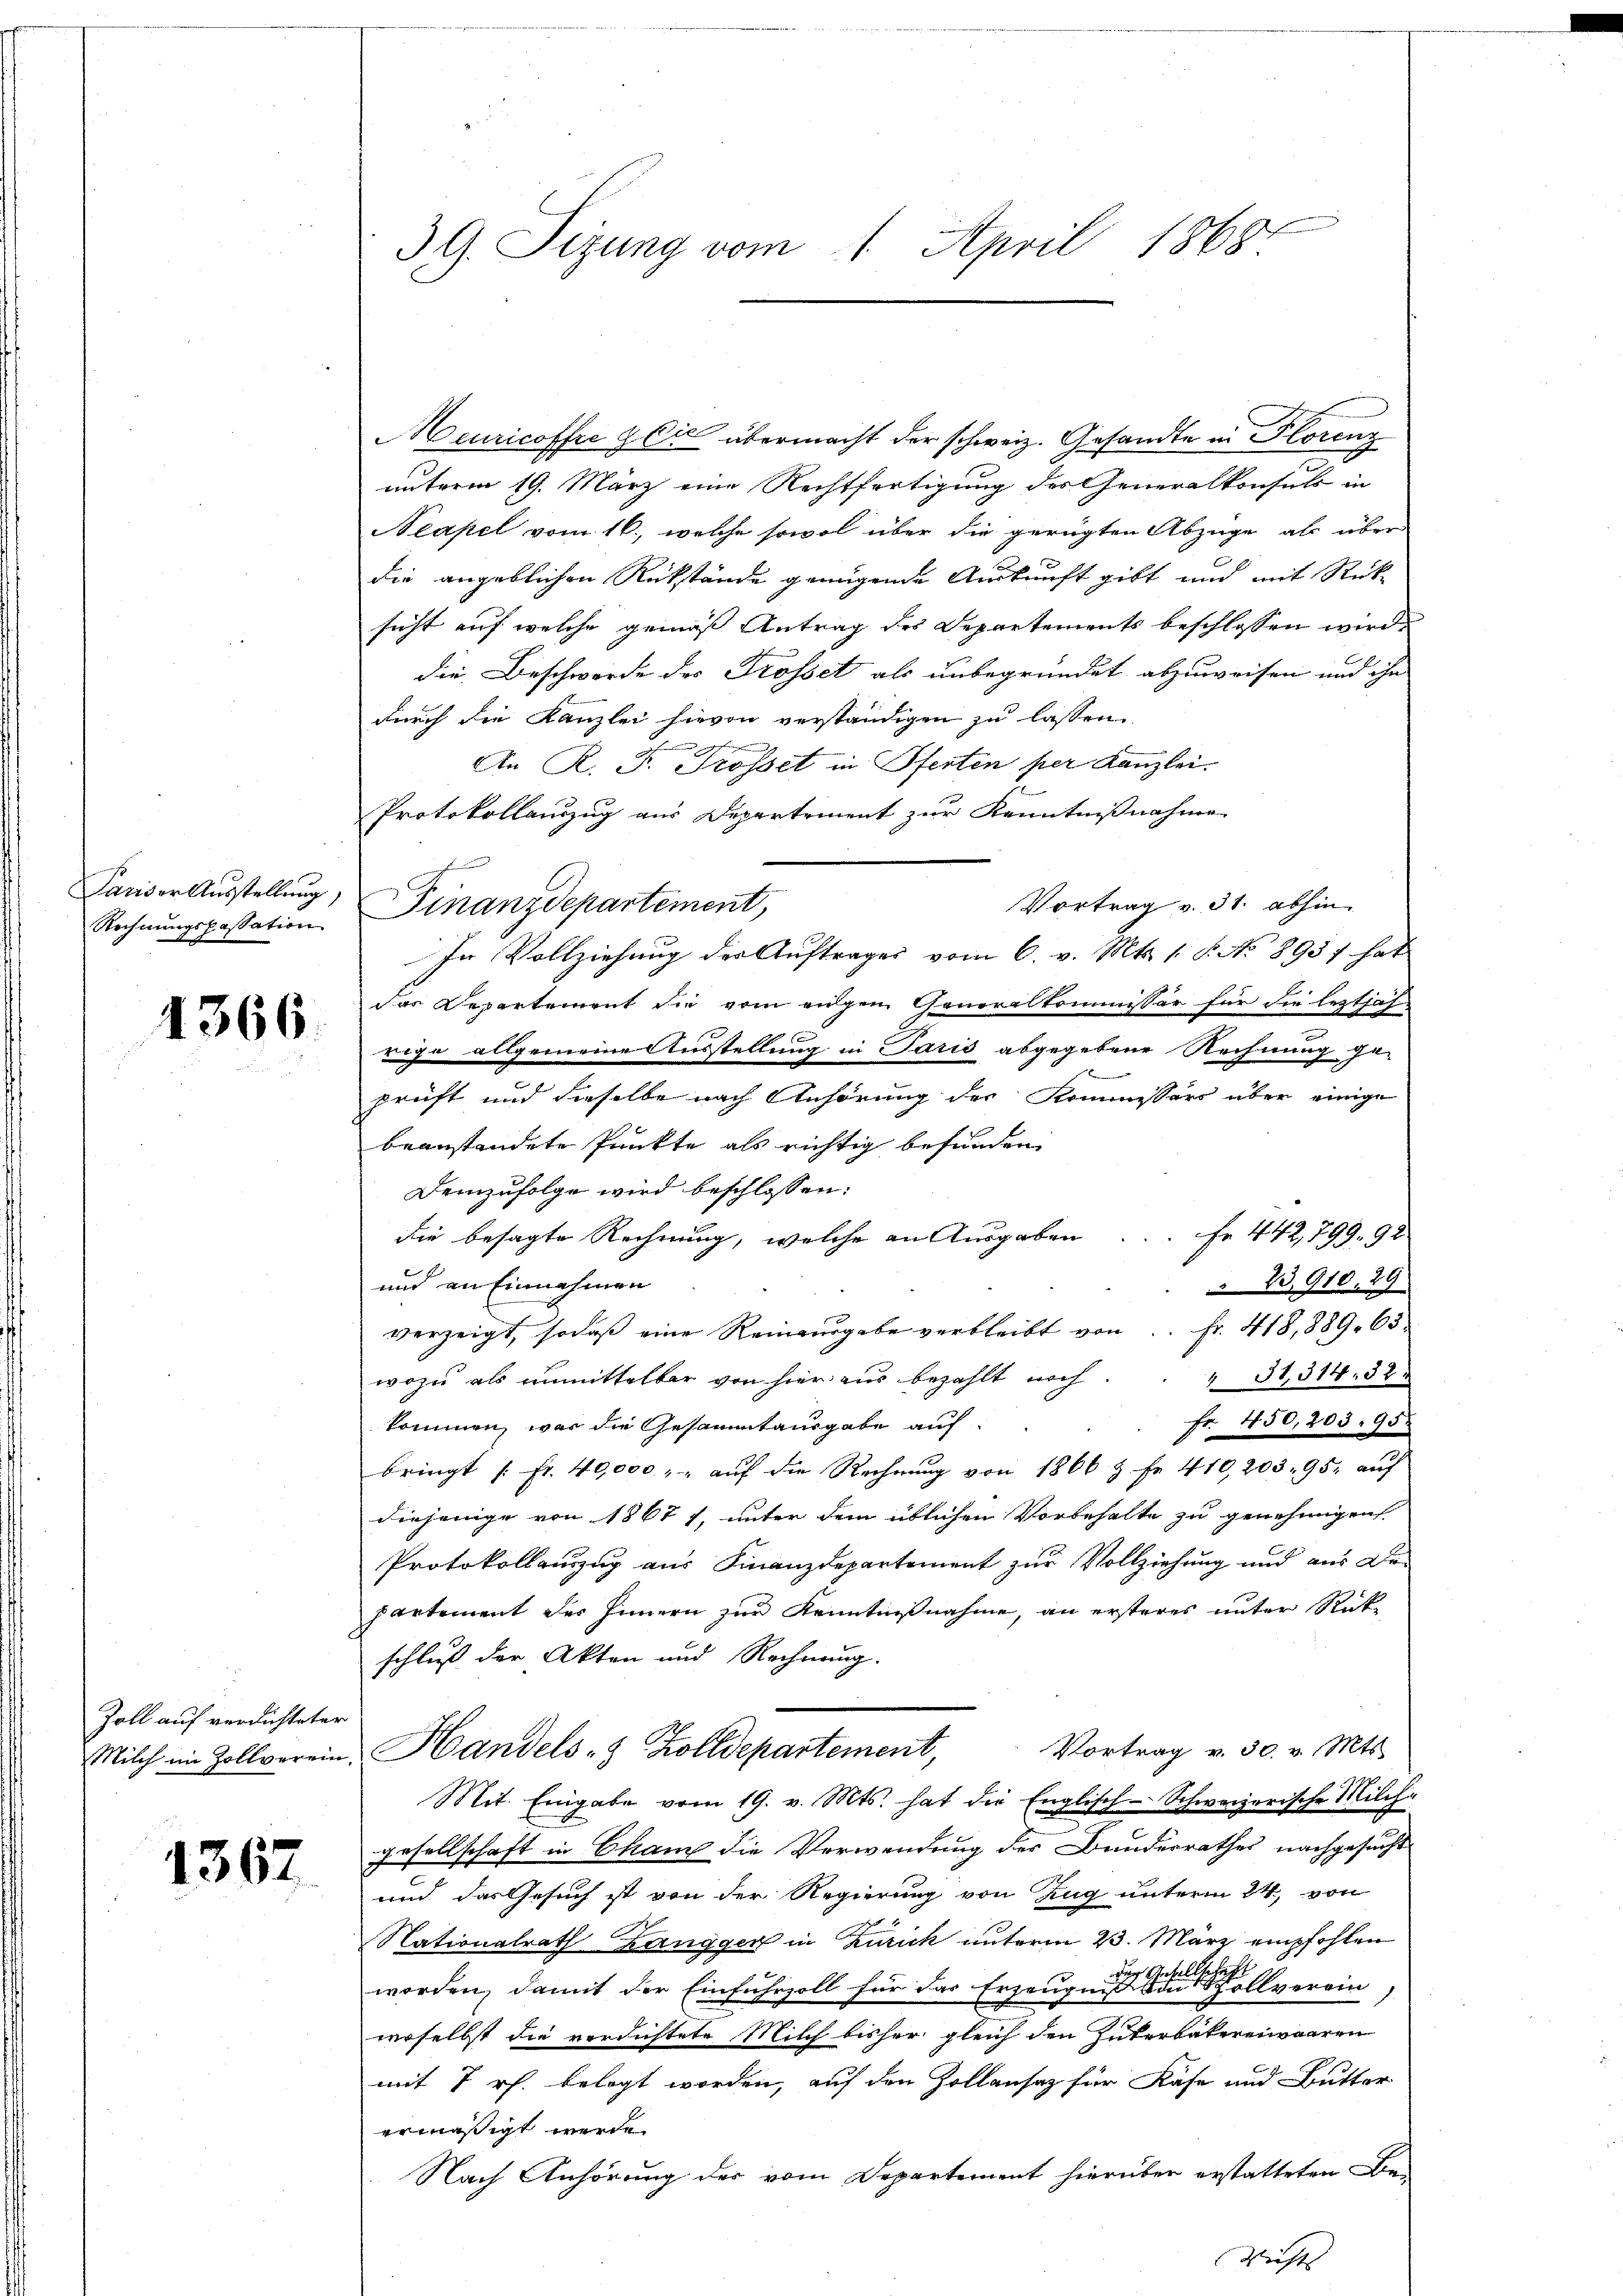
Pariser Ausstellung,
Rechnungspassation

4366.

Zoll auf verdichteter
Milch im Zollverein,

1367

3G. Sizung vom 1. April 1868

Finanzdepartement,

In Vollziehung der Auftrages vom 6. v. Mts. 1 S. No 8937 hat

Meuricoffre & Cie übermacht der schweiz. Gesandte in Florenz
unterm 19. März eine Rechtfertigung des Generalkonsuls in
Neapel vom 16., welche sowol über die gerügten Abzüge als über
die angeblichen Rükstände genügende Auskunft gibt und mit Rück-
sicht auf welche gemäß Antrag des Departements beschlossen wird.
die Beschwerde des Trosset als unbegründet abzuweisen und ihn
durch die Kanzlei hievon verständigen zu lassen.
un gegen s
An R. P. Tropet in Pferten per Kanzlei.
Protokollanzug aus Departement zur Kenntnißnahme
Vortrag v. 31. abhin
das Departement sie vom eigen Generalkommissär für die leztjaf
uise allgemeine Ausstellung in Paris abgegebene Rechnung ge-
prüft und dieselbe nach Anhörung der Kommissärs über einige
beanstandete Punkte als richtig befunden,
Demzufolge wird beschlossen:
die besagte Rechnung, welche an Ausgaben ... Fr. 442, 799. 92
und an Einnahmen
23,910. 29
verzeigt, sodaß eine Reinausgabe verbleibt von Fr. 418,889. 63.
wozu als unmittelbar von hier aus bezahlt noch 31,314. 52
Fr. 450,203. 95.
kommen, war die Gesammtausgabe auf
bringt fr. 40,000 " " aŭf die Rechnŭng von 1866 & Fr. 410,203. 95. aŭf
diejenige von 1867 7, unter dem üblichen Vorbehalte zu genehmigen.
Protokollenzug aus Finanzdepartement zur Vollziehung und aus derpartement des Innern zur Kenntnißnahme, an ersteres unter Rückschluß der Akten und Rechnung.
Vortrag v. 30. v. Mts.
Handels- & Zolldepartement,
Mit. Eingabe vom 19. v. Mts. hat die Englisch-Schweizerische Milch-
gesellschaft in Cham die Verwendung der Bundesrathes nachgesucht
und das Gesuch ist von der Regierung von Zug unterm 24. von
Nationalrath Zangger in Zürich unterm 23. März empfohlen
worden, damit der Einfuhrzoll für das Erzeugung einen sollverein
woselbst die verdichtete Milch bisher gleich den Güterbakereiwaaren
mit 7 rh. belegt worden, auf den Zollansaz für Käse und Butter
ermäßigt werde.
Nach Anhörung des vom Departement hierüber erstatteten Be-

Nichts